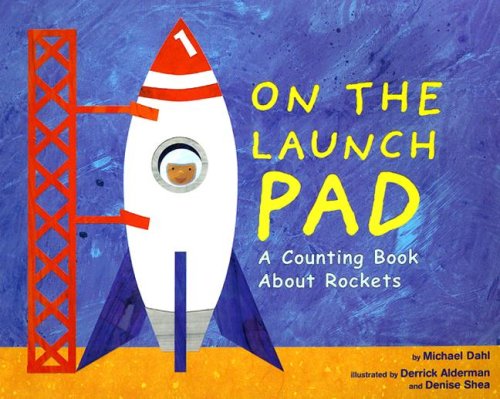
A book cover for On the Launch Pad: A Counting Book About Rockets (Know Your Numbers); Michael Dahl; Children's Books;